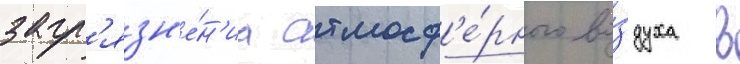
загр'язн'е́н'иа атмосф'е́рного во́здуха в